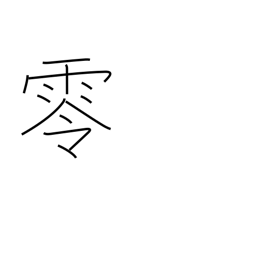
Meaning: overflow